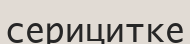
серицитке